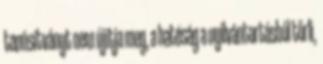
tanúsítványt nem újítja meg, a hatóság a nyilvántartásból törli,